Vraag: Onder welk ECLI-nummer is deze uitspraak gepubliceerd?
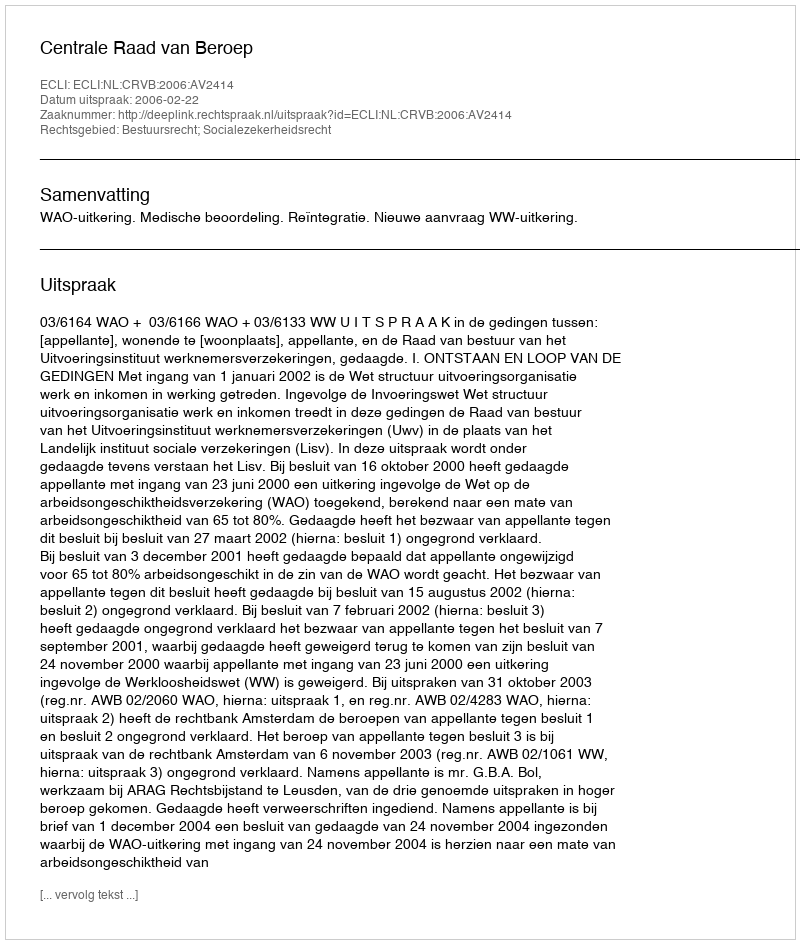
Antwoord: ECLI:NL:CRVB:2006:AV2414